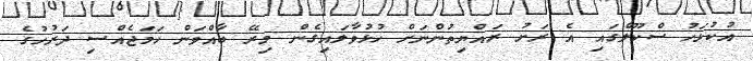
އުކުޅަހު ސްކޫލްގައި އެ ރަށު ރައްޔިތުންނަށް ހުޅުވާލައިގެން މިރޭ ބާއްވަން ހަމަޖެއްސި ދަރުހުގެ